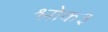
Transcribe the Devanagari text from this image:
श्लोक३